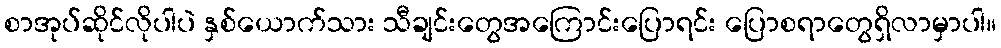
စာအုပ်ဆိုင်လိုပါပဲ နှစ်ယောက်သား သီချင်းတွေအကြောင်းပြောရင်း ပြောစရာတွေရှိလာမှာပါ။